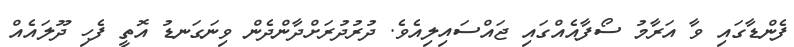
ފެންޑާގައި ވާ އަރާމު ސޯފާއެއްގައި ޖައްސައިލިއެވެ. ދުރުދުރަށްދާންދެން ވިނަގަނޑު އޮތީ ފެހި ދޫލައެއް